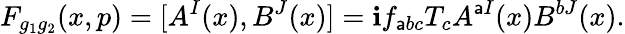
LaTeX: F_{g_{1}g_{2}}(x,p)=[A^{I}(x),B^{J}(x)]=\mathbf{i}f_{\mathsf{a}bc}T_{c}A^{\mathsf{a}I}(x)B^{bJ}(x).